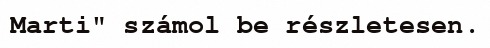
Marti" számol be részletesen.